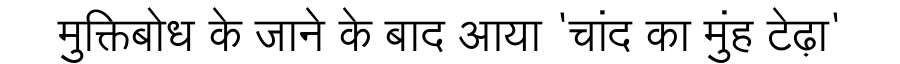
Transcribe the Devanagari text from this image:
मुक्तिबोध के जाने के बाद आया 'चांद का मुंह टेढ़ा'